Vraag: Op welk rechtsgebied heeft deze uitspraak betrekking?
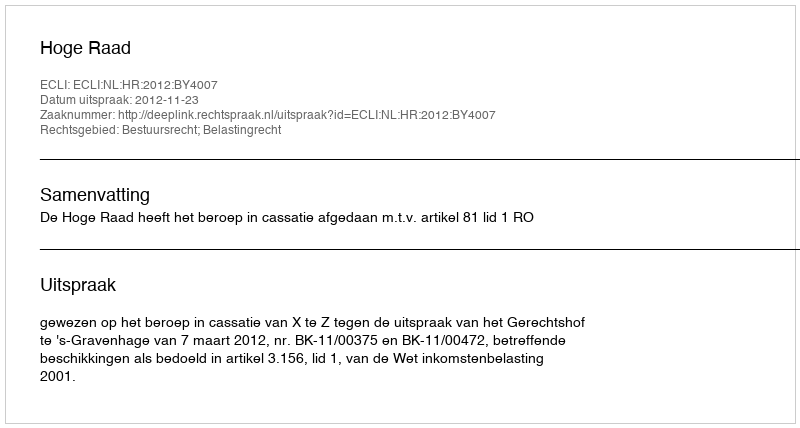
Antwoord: Bestuursrecht; Belastingrecht